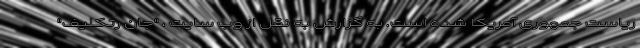
ریاست جمهوری آمریکا شده است. به گزارش به نقل از وب سایت ، "جان رتکلیف"